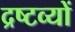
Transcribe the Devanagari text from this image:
द्रष्टव्यों